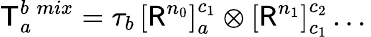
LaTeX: {\sf T}_{a}^{b\; mix}=\tau_{b}\, \left[{\sf R}^{n_{0}}\right]_{a}^{c_{1}}\otimes\left[{\sf R}^{n_{1}}\right]_{c_{1}}^{c_{2}}\, ...\,